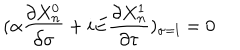
( \alpha \frac { \partial X _ { n } ^ { 0 } } { \partial \sigma } + i E \frac { \partial X _ { n } ^ { 1 } } { \partial \tau } ) _ { \sigma = l } = 0